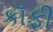
કૉફી